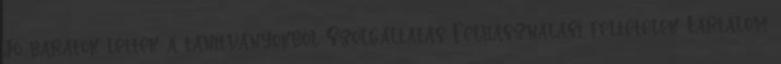
Jó barátok lettek a tanítványokból Szolgáltatás Felhasználási feltételek Tartalom